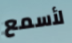
لأسمع